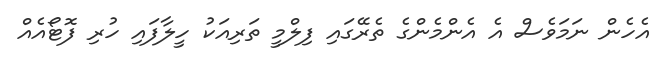
އެހެން ނަަމަވެސް އެ އެންމެންގެ ތެރޭގައި ފިލްމީ ތަރިއަކު ހީލާފައި ހުރި ފޮޓޯއެއް